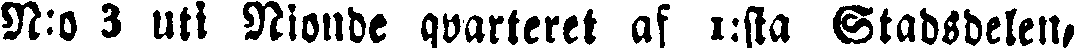
N:o 3 uti Nionde qvarteret af 1:sta Stadsdelen,